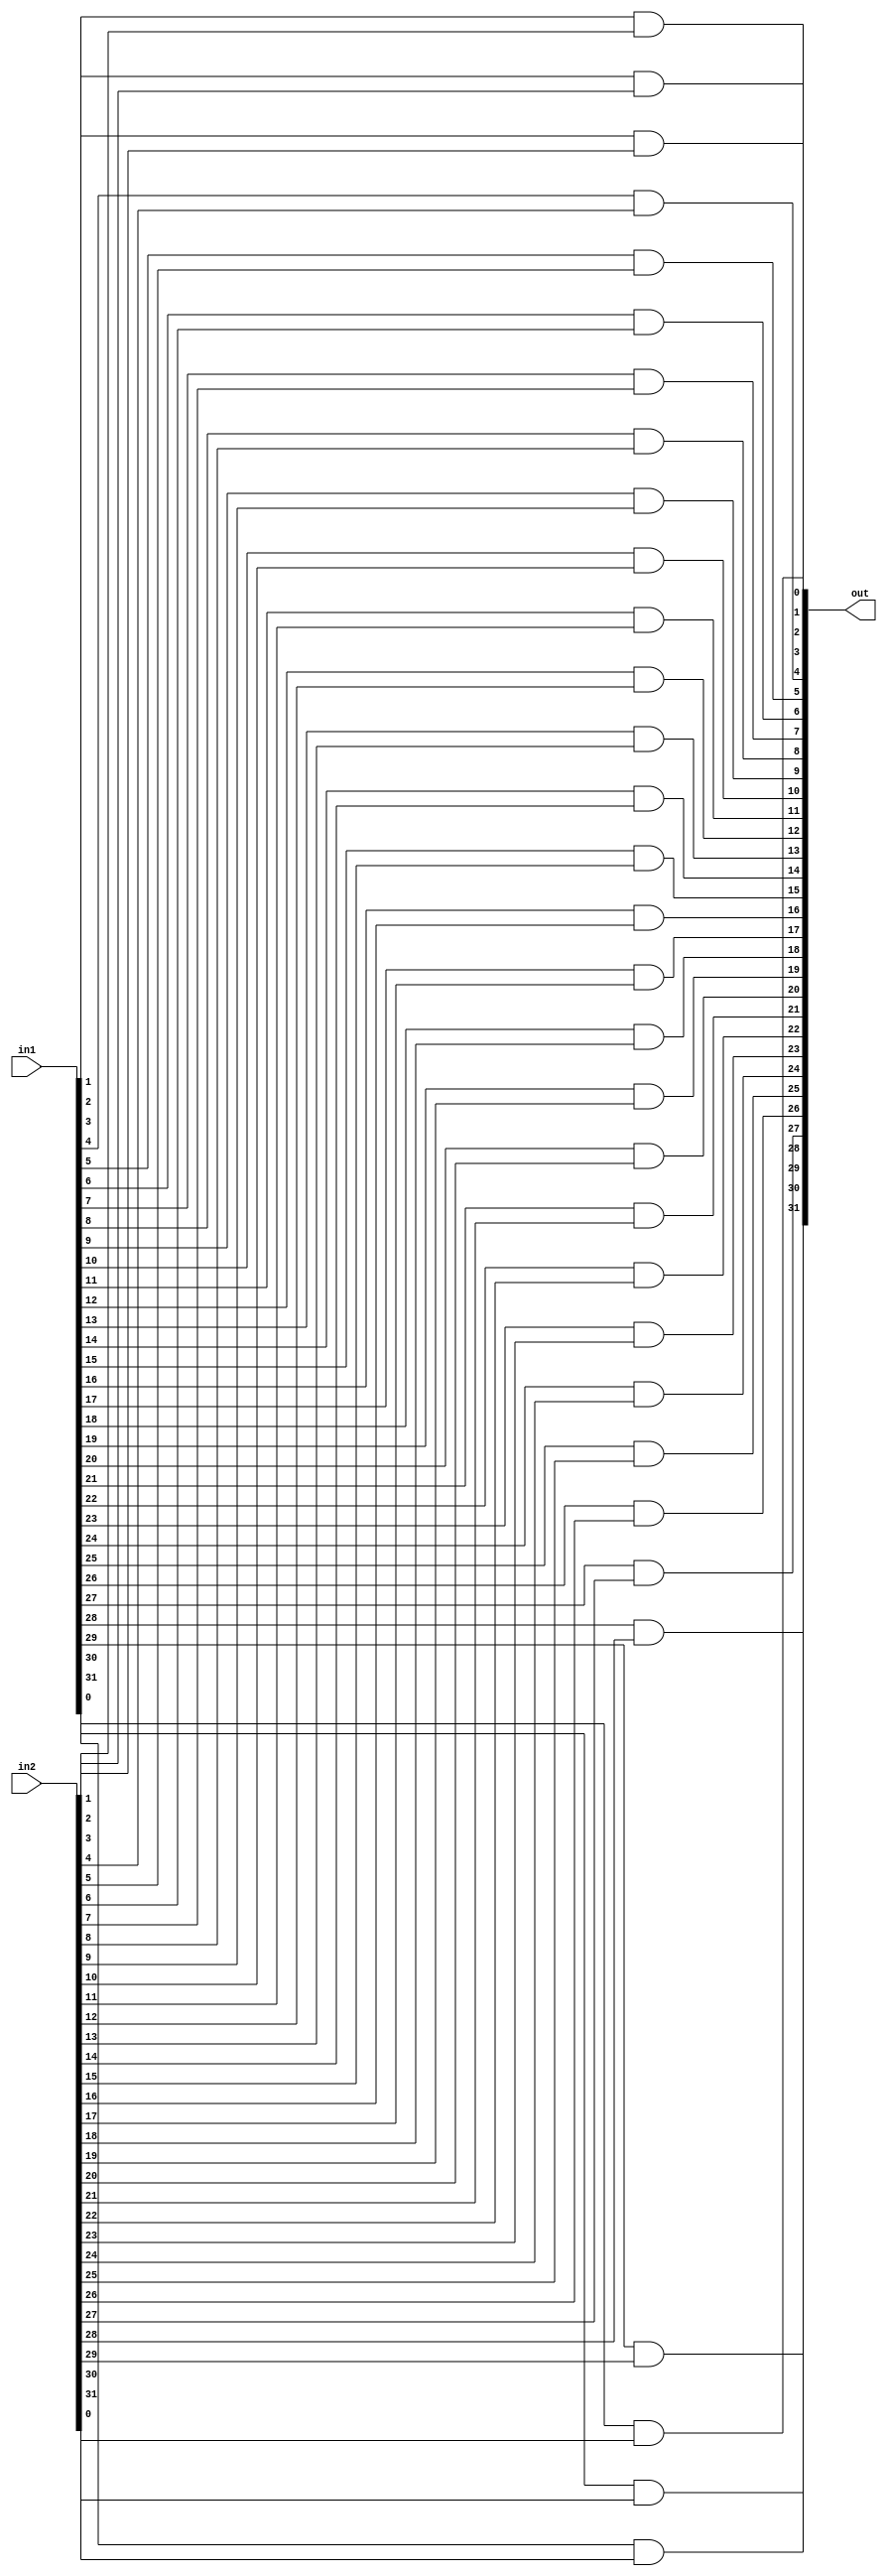
module andGate(out, in1, in2);
        
    input [31:0] in1;
    input [31:0] in2;


    output [31:0] out;

    and AND1(out[0], in1[0], in2[0]);
    and AND2(out[1], in1[1], in2[1]);
    and AND3(out[2], in1[2], in2[2]);
    and AND4(out[3], in1[3], in2[3]);
    and AND5(out[4], in1[4], in2[4]);
    and AND6(out[5], in1[5], in2[5]);
    and AND7(out[6], in1[6], in2[6]);
    and AND8(out[7], in1[7], in2[7]);
    and AND9(out[8], in1[8], in2[8]);
    and AND10(out[9], in1[9], in2[9]);
    and AND11(out[10], in1[10], in2[10]);
    and AND12(out[11], in1[11], in2[11]);
    and AND13(out[12], in1[12], in2[12]);
    and AND14(out[13], in1[13], in2[13]);
    and AND15(out[14], in1[14], in2[14]);
    and AND16(out[15], in1[15], in2[15]);
    and AND17(out[16], in1[16], in2[16]);
    and AND18(out[17], in1[17], in2[17]);
    and AND19(out[18], in1[18], in2[18]);
    and AND20(out[19], in1[19], in2[19]);
    and AND21(out[20], in1[20], in2[20]);
    and AND22(out[21], in1[21], in2[21]);
    and AND23(out[22], in1[22], in2[22]);
    and AND24(out[23], in1[23], in2[23]);
    and AND25(out[24], in1[24], in2[24]);
    and AND26(out[25], in1[25], in2[25]);
    and AND27(out[26], in1[26], in2[26]);
    and AND28(out[27], in1[27], in2[27]);
    and AND29(out[28], in1[28], in2[28]);
    and AND30(out[29], in1[29], in2[29]);
    and AND31(out[30], in1[30], in2[30]);
    and AND32(out[31], in1[31], in2[31]);
    
    // add your code here:

endmodule